Eliaser,_Agnia_(Rutt)_ja_Elga, lk 55
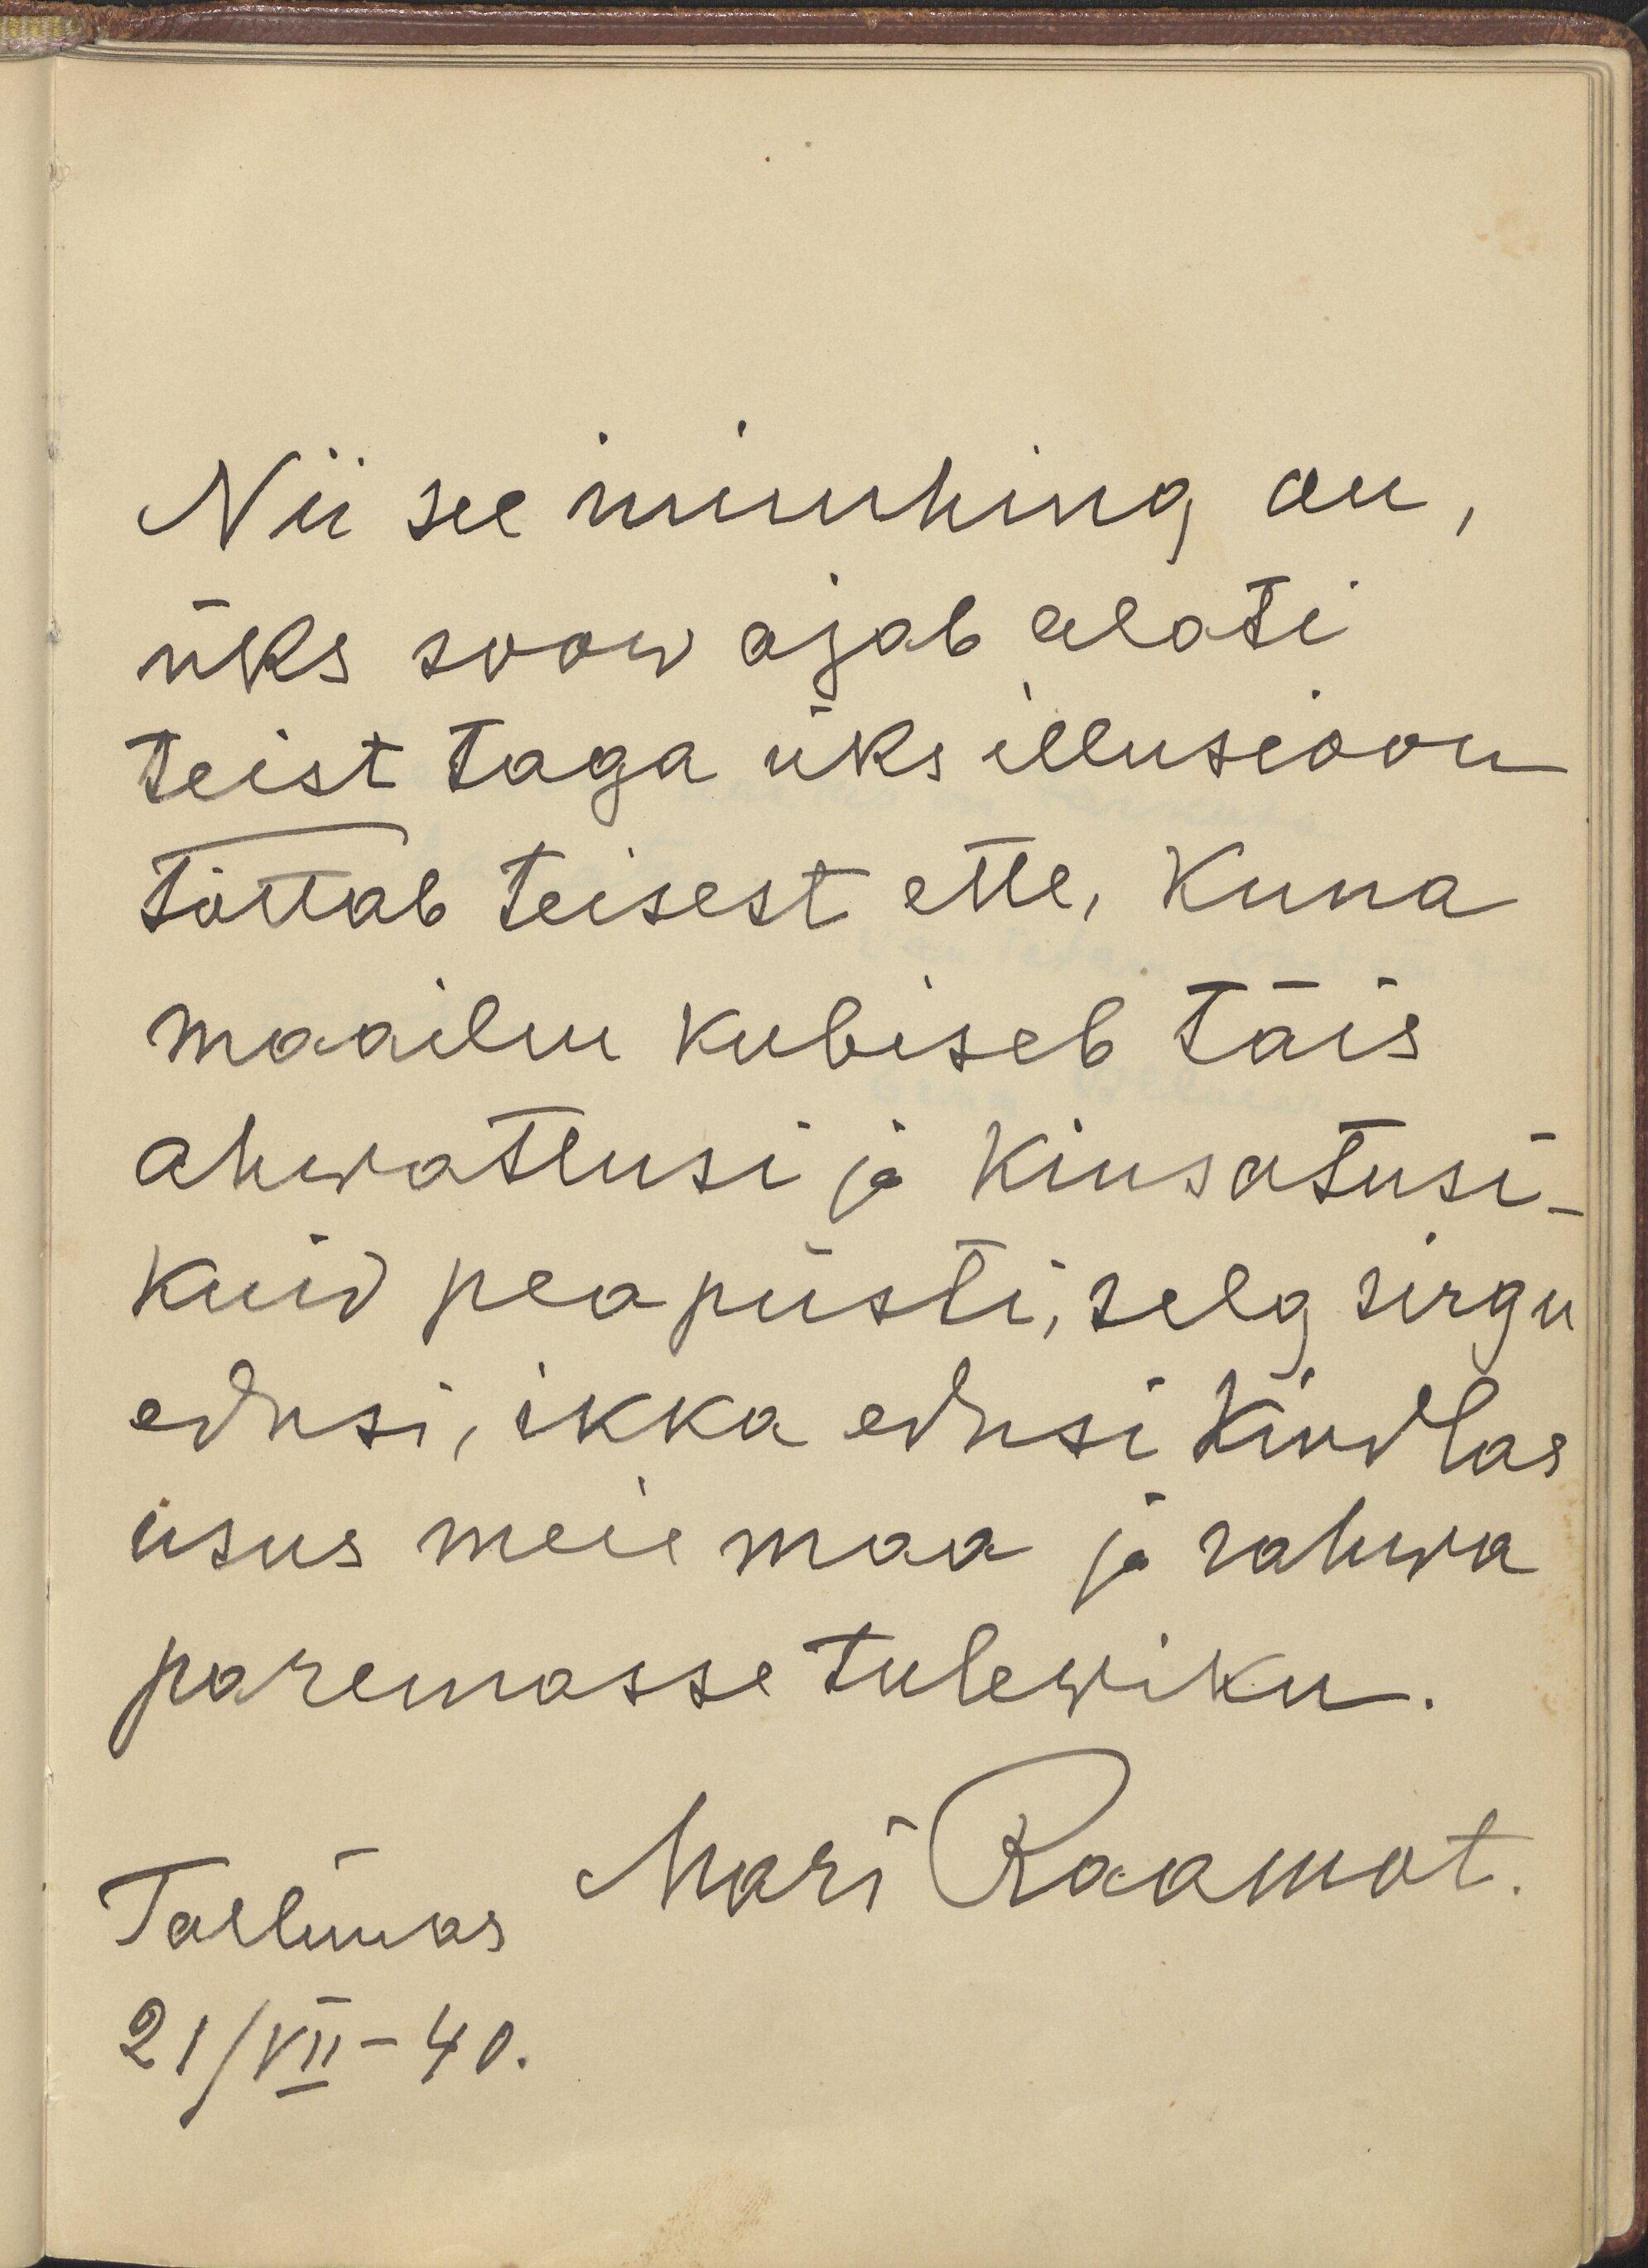
Nii see inimhing on,
üks soow ajab alati
teist taga üks illusiooni
tõttab teisest ette, kuna
maailm kubiseb täis
ahwatlusi ja kiusatusi-
kuid pea püsti, selg sirgu
edasi, ikka edasi kindlas
usus meie maa ja rahwa
paremasse tulewiku.
Tallinnas Mari Raamat.
21/VII - 40.